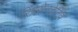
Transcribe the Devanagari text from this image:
रिप्रेसेनटेटिव